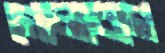
গোলাবাগ